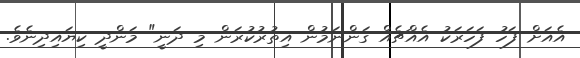
އެއަށް ފަހު ފަހަރަކު އެއްޗެއް ގަންނަމުން އިތުރުކުރަން މި ދަނީ" މަންދީ ކިޔައިދިނެވެ.